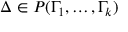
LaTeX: \Delta \in P ( \Gamma _ { 1 } , \dots , \Gamma _ { k } )